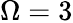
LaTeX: \Omega=3